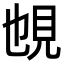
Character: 𧠉